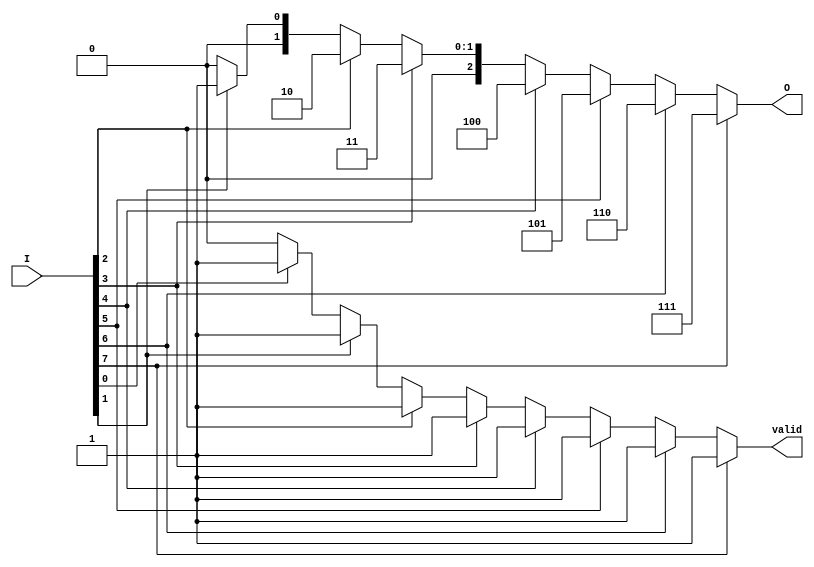
module encoder_8to3(
    input [7:0] I,        // 8 input lines
    output reg [2:0] O,   // 3 output lines
    output reg valid      // Valid output signal
);

always @(*) begin
    // Default output
    O = 3'b000;
    valid = 1'b0;

    // Priority encoding
    if (I[7]) begin
        O = 3'b111;  // Output for I[7]
        valid = 1'b1;
    end else if (I[6]) begin
        O = 3'b110;  // Output for I[6]
        valid = 1'b1;
    end else if (I[5]) begin
        O = 3'b101;  // Output for I[5]
        valid = 1'b1;
    end else if (I[4]) begin
        O = 3'b100;  // Output for I[4]
        valid = 1'b1;
    end else if (I[3]) begin
        O = 3'b011;  // Output for I[3]
        valid = 1'b1;
    end else if (I[2]) begin
        O = 3'b010;  // Output for I[2]
        valid = 1'b1;
    end else if (I[1]) begin
        O = 3'b001;  // Output for I[1]
        valid = 1'b1;
    end else if (I[0]) begin
        O = 3'b000;  // Output for I[0]
        valid = 1'b1;
    end
end

endmodule